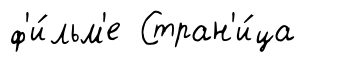
ф'и́льм'е Стран'и́ца